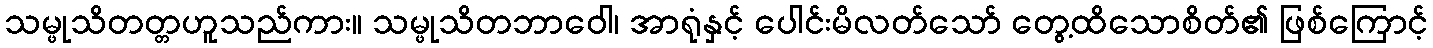
သမ္ဖုသိတတ္တဟူသည်ကား။ သမ္ဖုသိတဘာဝေါ၊ အာရုံနှင့် ပေါင်းမိလတ်သော် တွေ့ထိသောစိတ်၏ ဖြစ်ကြောင့်